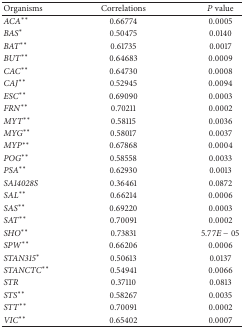
| Organisms | Correlations | P value |
 | --- | --- | --- |
 | ACA∗∗ | 0.66774 | 0.0005 |
 | BAS∗ | 0.50475 | 0.0140 |
 | BAT∗∗ | 0.61735 | 0.0017 |
 | BUT∗∗ | 0.64683 | 0.0009 |
 | CAC∗∗ | 0.64730 | 0.0008 |
 | CAJ∗∗ | 0.52945 | 0.0094 |
 | ESC∗∗ | 0.69090 | 0.0003 |
 | FRN∗∗ | 0.70211 | 0.0002 |
 | MYT∗∗ | 0.58115 | 0.0036 |
 | MYG∗∗ | 0.58017 | 0.0037 |
 | MYP∗∗ | 0.67868 | 0.0004 |
 | POG∗∗ | 0.58558 | 0.0033 |
 | PSA∗∗ | 0.62930 | 0.0013 |
 | SA14028S | 0.36461 | 0.0872 |
 | SAL∗∗ | 0.66214 | 0.0006 |
 | SAS∗∗ | 0.69220 | 0.0003 |
 | SAT∗∗ | 0.70091 | 0.0002 |
 | SHO∗∗ | 0.73831 | 5.77E − 05 |
 | SPW∗∗ | 0.66206 | 0.0006 |
 | STAN315∗ | 0.50613 | 0.0137 |
 | STANCTC∗∗ | 0.54941 | 0.0066 |
 | STR | 0.37110 | 0.0813 |
 | STS∗∗ | 0.58267 | 0.0035 |
 | STT∗∗ | 0.70091 | 0.0002 |
 | VIC∗∗ | 0.65402 | 0.0007 |